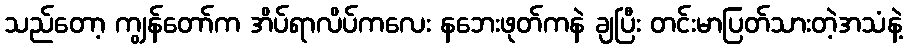
သည်တော့ ကျွန်တော်က အိပ်ရာလိပ်ကလေး နဘေးဖုတ်ကနဲ ချပြီး တင်းမာပြတ်သားတဲ့အသံနဲ့